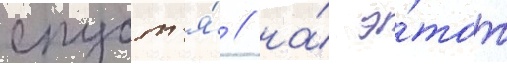
спуст'я́ / на́ э́тот